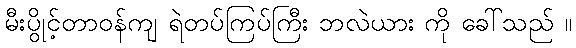
မီးပွိုင့်တာဝန်ကျ ရဲတပ်ကြပ်ကြီး ဘလဲယား ကို ခေါ်သည် ။